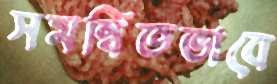
সমন্বিতভাবে